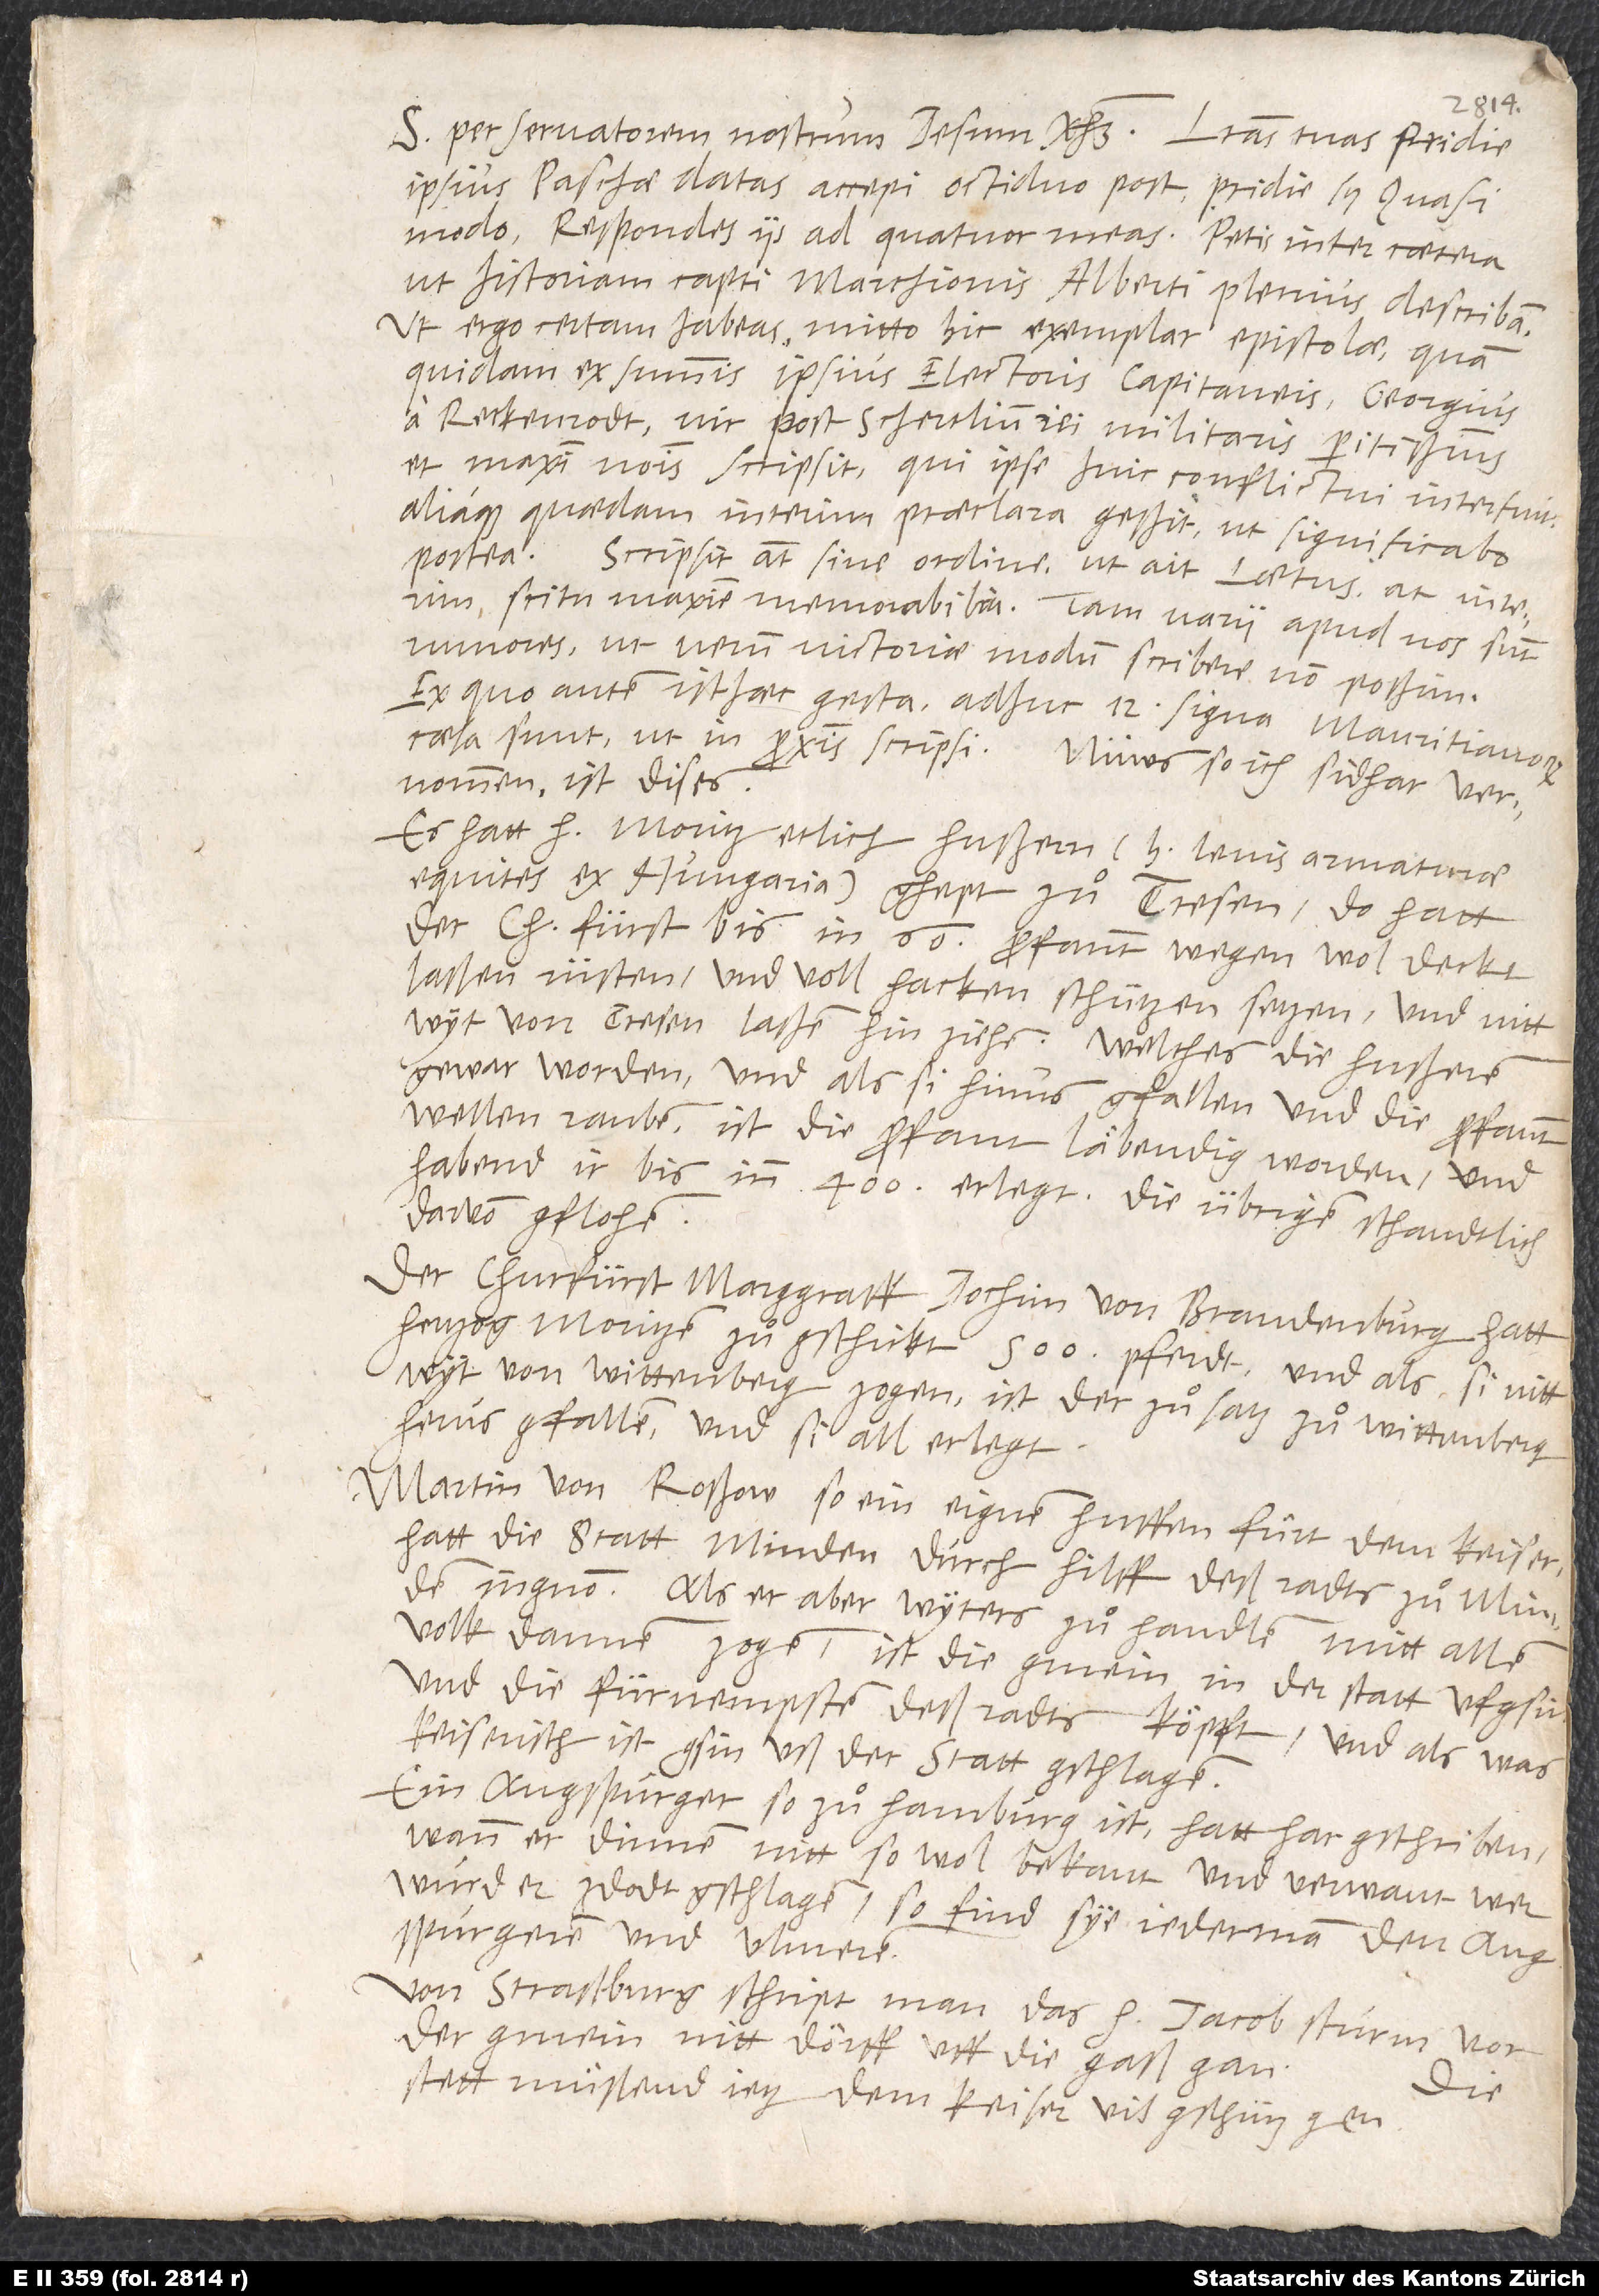
S. per servatorem nostrum Iesum Christum. Literas tuas pridie
ipsius paschae datas accepi octiduo post, pridie scilicet Quasimodo.
Respondes iis ad quatuor meas. Petis inter caetera,
ut historiam capti marchionis Alberti plenius describam.
Ut ergo certam habeas, mitto hic exemplar epistolae, quam
quidam ex summis ipsius electoris capitaneis, Georgius
a Reckenrodt, vir post Schertlium rei militaris peritissimus
et maximi nominis, scripsit, qui ipse huic conflictui interfuit,
aliaque quaedam interim praeclara gessit, ut significabo
postea. Scripsit autem sine ordine, ut ait Laetus, at interim
scitu maxime memorabilia. Tam varii apud nos sunt
rumores, ut verum victoriae modum scribere non possim,
ex quo autem isthaec gesta: Adhuc 12 signa Mauritianorum
caesa sunt, ut in proximis scripsi. Nüws, so ich sidhar vernommen,
Es hatt hertzog Moritz etlich hußern(licet levis armaturae
equites ex Hungaria) ghept zuͦ Tresen. Do hatt
der churfürst bis in 60 profanntwegen wol deckt
laßen rüsten und voll hackenschützen setzen, und nitt
wyt von Tresen laßen hinziehen, welches die Hußeren
gewar worden. Und als si hinus gfallen und die profant
wellen rauben, ist die profant läbendig worden, und
habend ir bis inn 400 erlegt, die übrigen schandtlich
darvon gflohen.
Der churfürst, marggraff Jochim von Brandenburg, hatt
hertzog Moritzen zuͦgschickt 500 pferdt. Und als si nitt
wyt von Wittenberg zogen, ist der zuͦsatz zuͦ Wittenberg
herus gfallen und si all erlegt.
Martin von Roßow, so ein eignen huffen fuͤrt dem keiser,
hatt die statt Minden durch hilff deß radts zuͦ Minden
ingnom. Als er aber, wyters zuͦ handlen, mitt allem
volk dannen zogen, ist die gmein in der statt ufgsin
und die fürnempsten deß radts köpft und als, was
keiserisch ist gsin, uß der statt gschlagen.
Ein Augspurger, so zuͦ Hamburg ist, hatt har gschriben,
wann er dinnen nitt so wol bekant und verwant wer,
wurd er zdodt gschlagen, so find sye jederman den Augspurgeren
Von Straßpurg schript man, das herr Jacob Sturm vor
der gmein nitt dörff uff die gaß gan.
stett muͤßend jetz dem keiser vil gschütz gen.